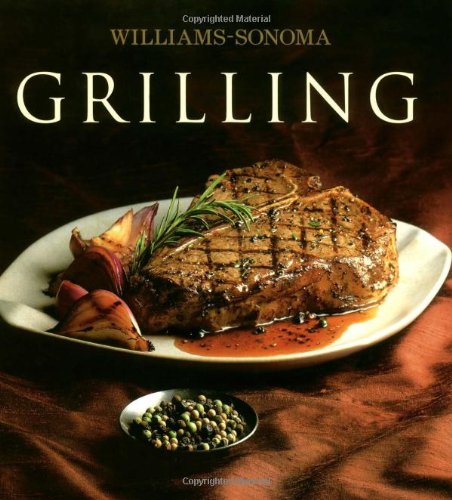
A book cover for Williams-Sonoma Collection: Grilling; Denis Kelly; Cookbooks, Food & Wine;